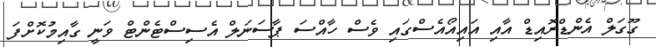
ގޫގަލް އެންޑްރޮއިޑް އާއި އައިއޯއެސްގައި ވެސް ހާއްސަ ޕާސަނަލް އެސިސްޓެންޓް ވަނީ ގާއިމުކޮށްފަ